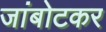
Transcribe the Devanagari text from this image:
जांबोटकर